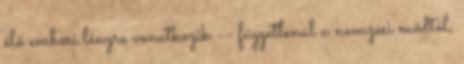
élő emberi lényre vonatkozik -- függetlenül a nemzési módtól,